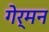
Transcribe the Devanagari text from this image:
गेर्मन